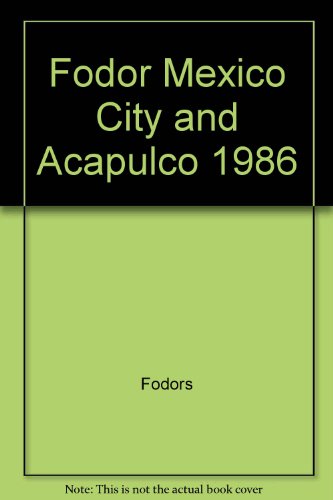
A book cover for FD Mexico City 1986; Fodor's; Travel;